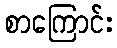
စာကြောင်း